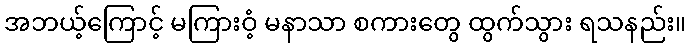
အဘယ့်ကြောင့် မကြားဝံ့ မနာသာ စကားတွေ ထွက်သွား ရသနည်း။